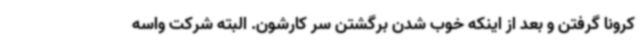
کرونا گرفتن و بعد از اینکه خوب شدن برگشتن سر کارشون. البته شرکت واسه